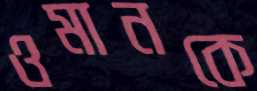
ওমানকে